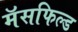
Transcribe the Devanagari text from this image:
मॅसफिल्ड